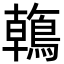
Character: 鶾